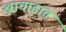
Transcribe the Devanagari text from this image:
खाचाडात